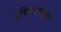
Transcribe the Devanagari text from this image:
उचियामादा